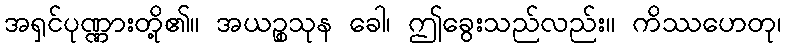
အရှင်ပုဏ္ဏားတို့၏။ အယဉ္စသုန ခေါ၊ ဤခွေးသည်လည်း။ ကိဿဟေတု၊